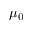
\mu _ { 0 }